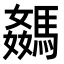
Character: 𩤦